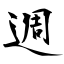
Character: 週